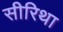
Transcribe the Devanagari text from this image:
सीरिथा